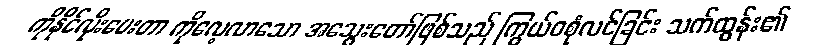
ကိုနိုင်လိုးပေးတာ ကိုလေ့လာသော အသွေးတော်ဖြစ်သည် ကြွယ်ဝစုံလင်ခြင်း သက်ထွန်း၏